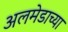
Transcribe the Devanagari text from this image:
अलमेडाच्या